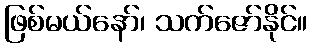
ဖြစ်မယ်နော်၊ သက်ဇော်နိုင်။